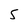
Character: s